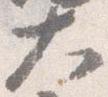
大